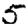
Digit: 5